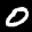
Label: 0